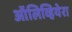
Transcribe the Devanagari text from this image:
ऑलिव्हियेरा